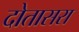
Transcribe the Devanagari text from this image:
दोतासरा